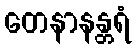
တေနာနန္တရံ